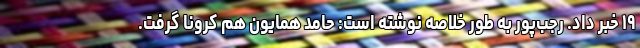
۱۹ خبر داد. رجب‌پور به طور خلاصه نوشته است: حامد همایون هم کرونا گرفت.